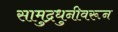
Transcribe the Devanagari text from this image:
सामुद्रधुनीवरून